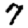
Digit: 7